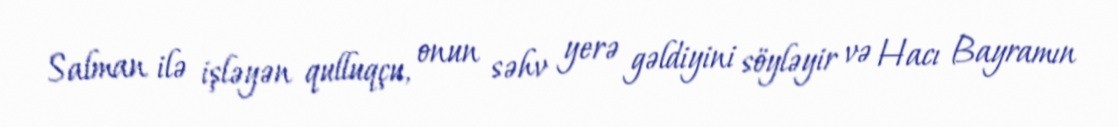
Salman ilə işləyən qulluqçu, onun səhv yerə gəldiyini söyləyir və Hacı Bayramın